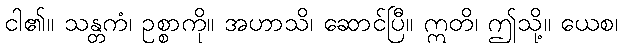
ငါ၏။ သန္တကံ၊ ဥစ္စာကို။ အဟာသိ၊ ဆောင်ပြီ။ ဣတိ၊ ဤသို့။ ယေစ၊